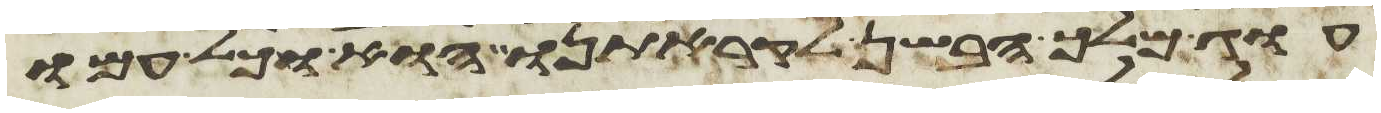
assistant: עוג מלך הבשן לקראתנו הוא וכל עמו